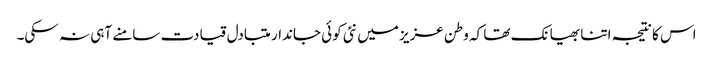
اس کا نتیجہ اتنا بھیانک تھا کہ وطن عزیز میں نئی کوئی جاندار متبادل قیادت سامنے آہی نہ سکی۔